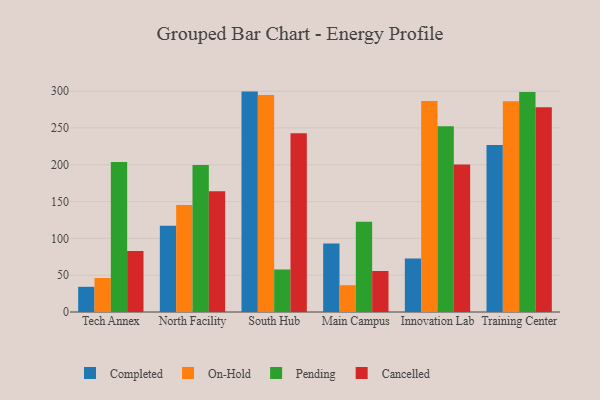
{"axis": {"x": "Campus", "y": "Backlog"}, "legend": ["Cancelled", "Completed", "On-Hold", "Pending"], "data": [{"x": "Tech Annex", "y": 34.2, "type": "Completed"}, {"x": "Tech Annex", "y": 46.2, "type": "On-Hold"}, {"x": "Tech Annex", "y": 203.8, "type": "Pending"}, {"x": "Tech Annex", "y": 82.7, "type": "Cancelled"}, {"x": "North Facility", "y": 117.3, "type": "Completed"}, {"x": "North Facility", "y": 145.2, "type": "On-Hold"}, {"x": "North Facility", "y": 199.8, "type": "Pending"}, {"x": "North Facility", "y": 164.2, "type": "Cancelled"}, {"x": "South Hub", "y": 299.4, "type": "Completed"}, {"x": "South Hub", "y": 294.8, "type": "On-Hold"}, {"x": "South Hub", "y": 57.8, "type": "Pending"}, {"x": "South Hub", "y": 242.9, "type": "Cancelled"}, {"x": "Main Campus", "y": 93.1, "type": "Completed"}, {"x": "Main Campus", "y": 36.4, "type": "On-Hold"}, {"x": "Main Campus", "y": 122.6, "type": "Pending"}, {"x": "Main Campus", "y": 55.7, "type": "Cancelled"}, {"x": "Innovation Lab", "y": 72.8, "type": "Completed"}, {"x": "Innovation Lab", "y": 286.8, "type": "On-Hold"}, {"x": "Innovation Lab", "y": 252.3, "type": "Pending"}, {"x": "Innovation Lab", "y": 200.5, "type": "Cancelled"}, {"x": "Training Center", "y": 226.9, "type": "Completed"}, {"x": "Training Center", "y": 286.3, "type": "On-Hold"}, {"x": "Training Center", "y": 298.7, "type": "Pending"}, {"x": "Training Center", "y": 278.0, "type": "Cancelled"}]}